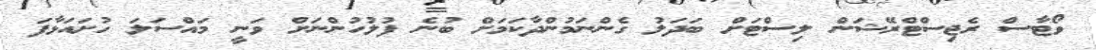
ވޯޓާސް ރެޖިސްޓްރޭޝަން ލިސްޓަށް ބަދަލު ގެންނަމުންދާކަމަށް ބުނެ ފުލުހުންނަށް ވަނީ މައްސަލަ ހުށައަޅާފަ